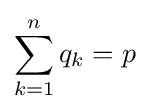
\sum _{k=1}^{n}q_{k}=p